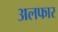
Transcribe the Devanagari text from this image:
अलफार